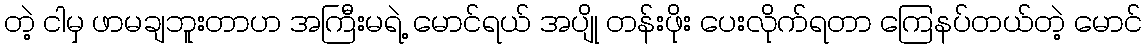
တဲ့ ငါမှ ဖာမချဘူးတာဟ အကြီးမရဲ့ မောင်ရယ် အပျို တန်းဖိုး ပေးလိုက်ရတာ ကြေနပ်တယ်တဲ့ မောင်